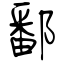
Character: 鄱